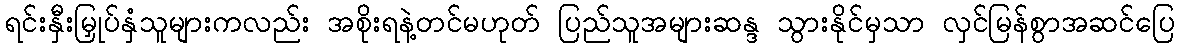
ရင်းနှီးမြှုပ်နှံသူများကလည်း အစိုးရနဲ့တင်မဟုတ် ပြည်သူအများဆန္ဒ သွားနိုင်မှသာ လှင်မြန်စွာအဆင်ပြေ